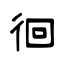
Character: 徊